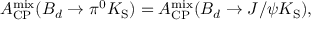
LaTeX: { \cal A } _ { \mathrm { C P } } ^ { \mathrm { m i x } } ( B _ { d } \to \pi ^ { 0 } K _ { \mathrm { S } } ) = { \cal A } _ { \mathrm { C P } } ^ { \mathrm { m i x } } ( B _ { d } \to J / \psi K _ { \mathrm { S } } ) ,